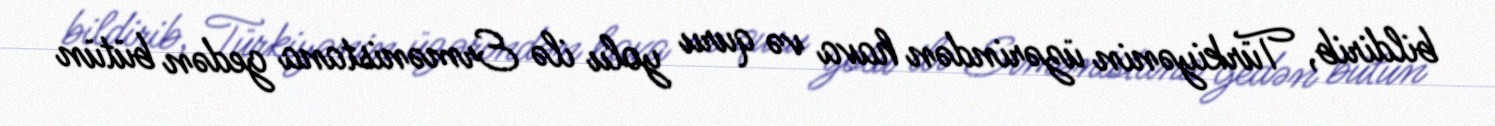
bildirib, Türkiyənin üzərindən hava və quru yolu ilə Ermənistana gedən bütün